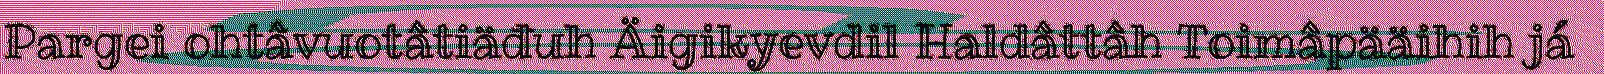
Pargei ohtâvuotâtiäđuh Äigikyevdil Haldâttâh Toimâpääihih já